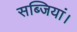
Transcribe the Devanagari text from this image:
सब्जियां।